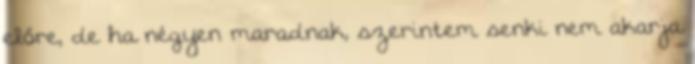
előre, de ha négyen maradnak, szerintem senki nem akarja